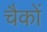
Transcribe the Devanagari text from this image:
चैकों